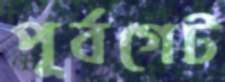
পূর্বগেট